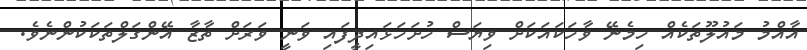
އާއްމު މައުލޫތަކެއް ހިމެނޭ ވާހަކައަކަށް ވިޔަސް ހުށަހަޅައިދީފައި ވަނީ ވަރަށް ތާޒާ އޭންގަލްތަކަކުންނެވެ.